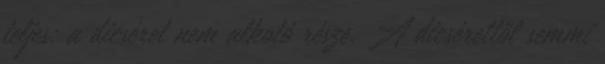
teljes: a dicséret nem alkotó része. A dicsérettől semmi